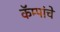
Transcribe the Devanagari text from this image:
कॅम्पांचे